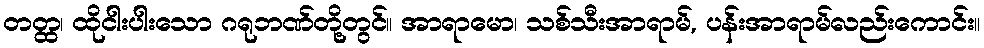
တတ္ထ၊ ထိုငါးပါးသော ဂရုဘဏ်တို့တွင်။ အာရာမော၊ သစ်သီးအာရာမ်, ပန်းအာရာမ်လည်းကောင်း။